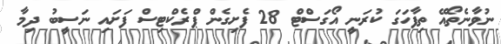
ނުވާނެތޯއޭ ތިފާހަގަ ކުރަނީ އޯގަސްޓް 28 ފެށިގެން ޕްރެކްޓިސް ފަށައި ނަސީބު ދިމާ